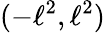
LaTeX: (-\ell^{2},\ell^{2})